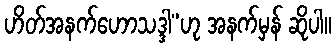
ဟိတ်အနက်ဟောသဒ္ဒါ”ဟု အနက်မှန် ဆိုပါ။